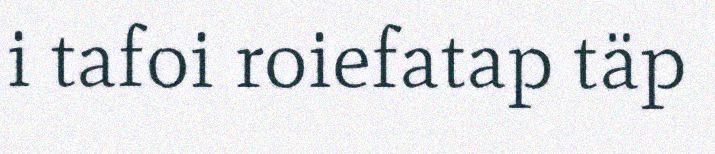
i tafoi roiefatap täp